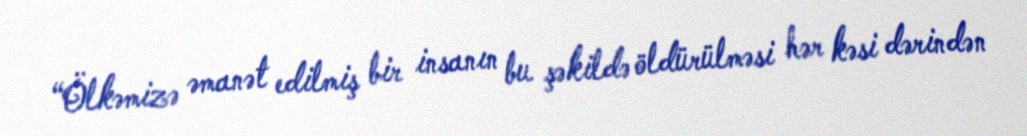
“Ölkəmizə əmanət edilmiş bir insanın bu şəkildə öldürülməsi hər kəsi dərindən